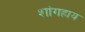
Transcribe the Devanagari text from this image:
शांगहाय